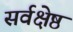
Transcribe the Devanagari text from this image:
सर्वक्षेष्ठ